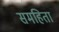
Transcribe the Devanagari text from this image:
समहिता